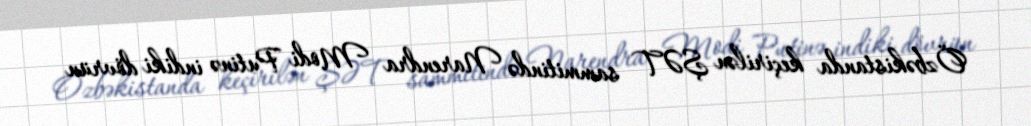
Özbəkistanda keçirilən ŞƏT sammitində Narendra Modi Putinə indiki dövrün